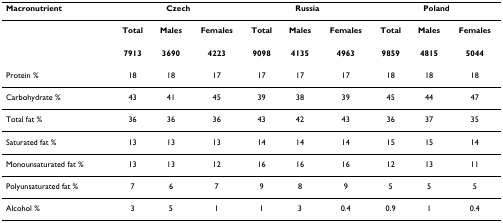
<table><thead><tr><td><b>Macronutrient</b></td><td colspan="3"><b>Czech</b></td><td colspan="3"><b>Russia</b></td><td colspan="3"><b>Poland</b></td></tr></thead><tbody><tr><td></td><td><b>Total</b></td><td><b>Males</b></td><td><b>Females</b></td><td><b>Total</b></td><td><b>Males</b></td><td><b>Females</b></td><td><b>Total</b></td><td><b>Males</b></td><td><b>Females</b></td></tr><tr><td></td><td><b>7913</b></td><td><b>3690</b></td><td><b>4223</b></td><td><b>9098</b></td><td><b>4135</b></td><td><b>4963</b></td><td><b>9859</b></td><td><b>4815</b></td><td><b>5044</b></td></tr><tr><td>Protein %</td><td>18</td><td>18</td><td>17</td><td>17</td><td>17</td><td>17</td><td>18</td><td>18</td><td>18</td></tr><tr><td>Carbohydrate %</td><td>43</td><td>41</td><td>45</td><td>39</td><td>38</td><td>39</td><td>45</td><td>44</td><td>47</td></tr><tr><td>Total fat %</td><td>36</td><td>36</td><td>36</td><td>43</td><td>42</td><td>43</td><td>36</td><td>37</td><td>35</td></tr><tr><td>Saturated fat %</td><td>13</td><td>13</td><td>13</td><td>14</td><td>14</td><td>14</td><td>15</td><td>15</td><td>14</td></tr><tr><td>Monounsaturated fat %</td><td>13</td><td>13</td><td>12</td><td>16</td><td>16</td><td>16</td><td>12</td><td>13</td><td>11</td></tr><tr><td>Polyunsaturated fat %</td><td>7</td><td>6</td><td>7</td><td>9</td><td>8</td><td>9</td><td>5</td><td>5</td><td>5</td></tr><tr><td>Alcohol %</td><td>3</td><td>5</td><td>1</td><td>1</td><td>3</td><td>0.4</td><td>0.9</td><td>1</td><td>0.4</td></tr></tbody></table>